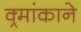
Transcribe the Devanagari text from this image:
क्र्मांकाने